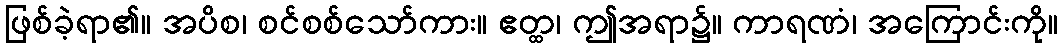
ဖြစ်ခဲ့ရာ၏။ အပိစ၊ စင်စစ်သော်ကား။ ဧတ္ထ၊ ဤအရာ၌။ ကာရဏံ၊ အကြောင်းကို။